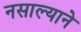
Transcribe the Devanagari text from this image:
नसाल्याने